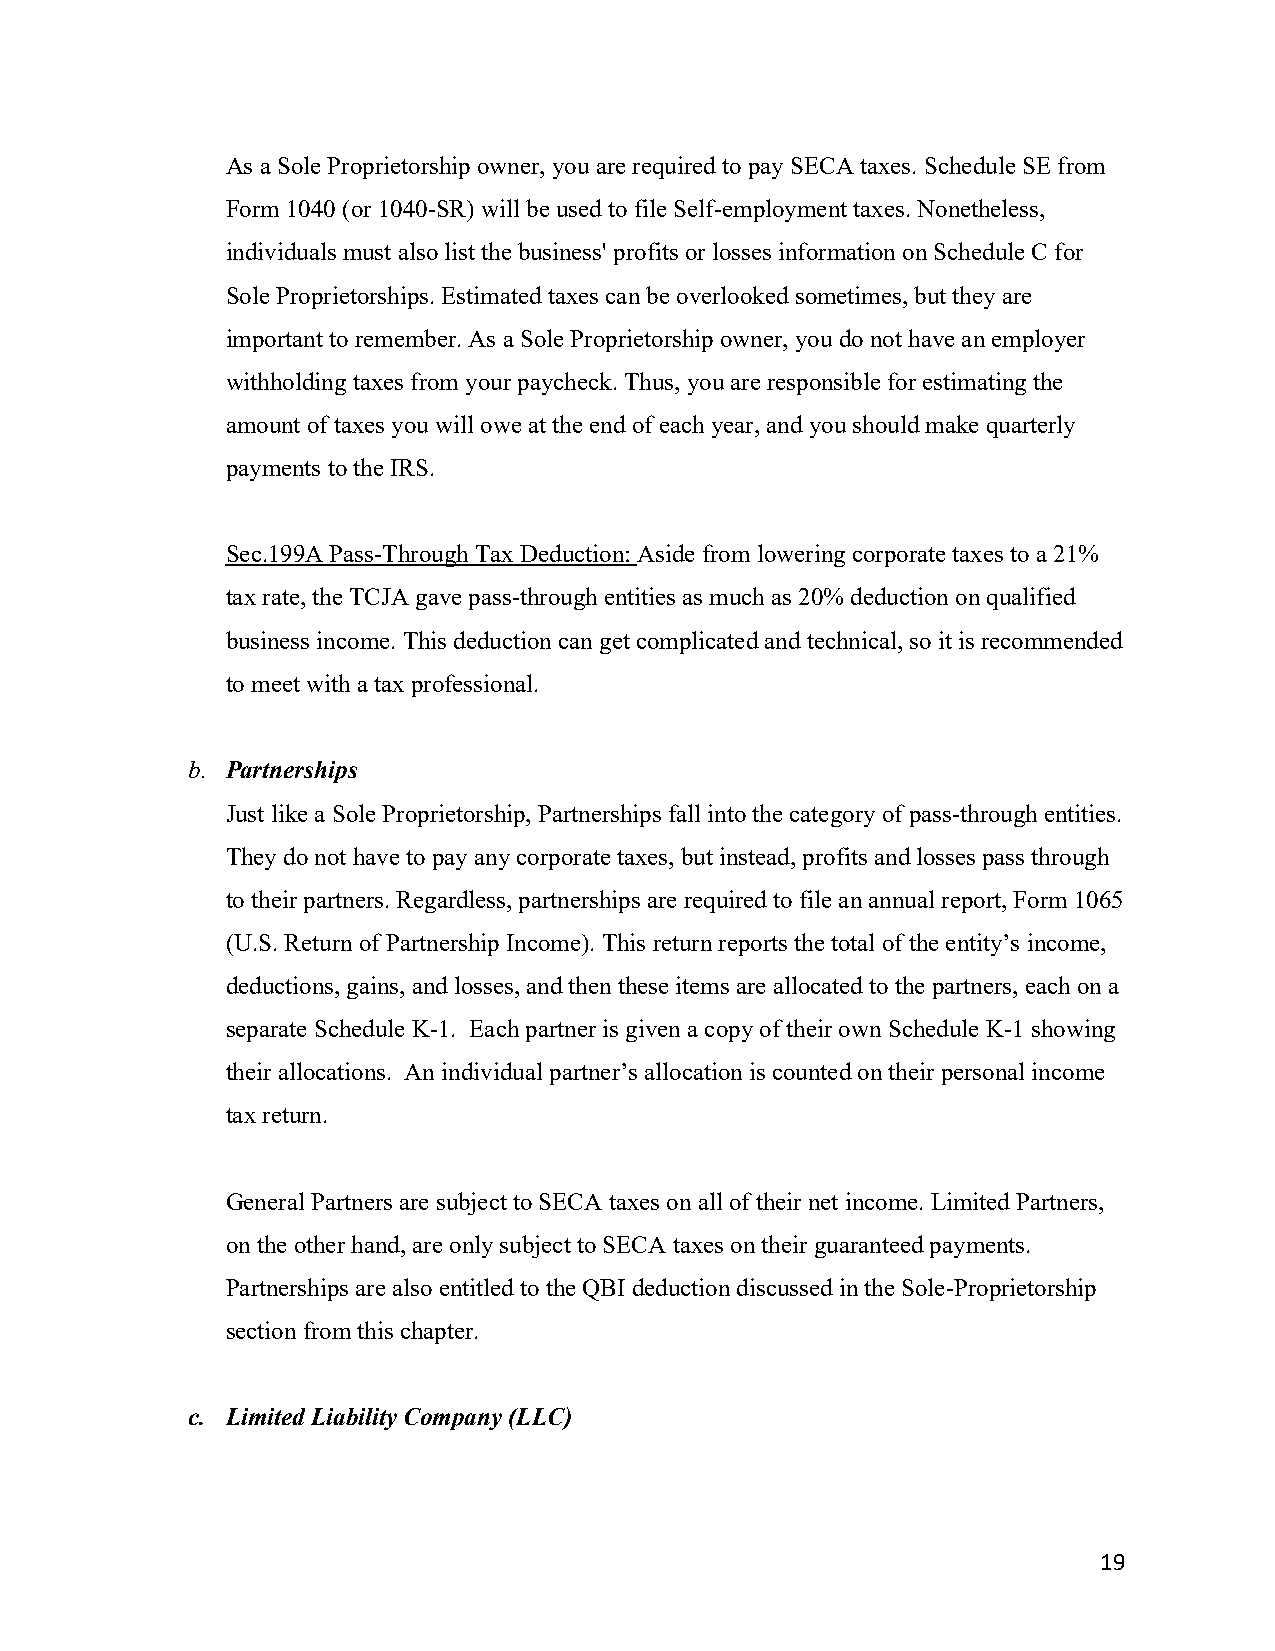
As a Sole Proprietorship owner, you are required to pay SECA taxes. Schedule SE from
 Form 1040 (or 1040-SR) will be used to file Self-employment taxes. Nonetheless,
 individuals must also list the business' profits or losses information on Schedule C for
 Sole Proprietorships. Estimated taxes can be overlooked sometimes, but they are
 important to remember. As a Sole Proprietorship owner, you do not have an employer
 withholding taxes from your paycheck. Thus, you are responsible for estimating the
 amount of taxes you will owe at the end of each year, and you should make quarterly
 payments to the IRS.
 Sec.199A Pass-Through Tax Deduction: Aside from lowering corporate taxes to a 21%
 tax rate, the TCJA gave pass-through entities as much as 20% deduction on qualified
 business income. This deduction can get complicated and technical, so it is recommended
 to meet with a tax professional.
 b. Partnerships
 Just like a Sole Proprietorship, Partnerships fall into the category of pass-through entities.
 They do not have to pay any corporate taxes, but instead, profits and losses pass through
 to their partners. Regardless, partnerships are required to file an annual report, Form 1065
 (U.S. Return of Partnership Income). This return reports the total of the entity’s income,
 deductions, gains, and losses, and then these items are allocated to the partners, each on a
 separate Schedule K-1. Each partner is given a copy of their own Schedule K-1 showing
 their allocations. An individual partner’s allocation is counted on their personal income
 tax return.
 General Partners are subject to SECA taxes on all of their net income. Limited Partners,
 on the other hand, are only subject to SECA taxes on their guaranteed payments.
 Partnerships are also entitled to the QBI deduction discussed in the Sole-Proprietorship
 section from this chapter.
 c. Limited Liability Company (LLC)
 19